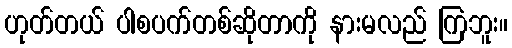
ဟုတ်တယ် ပါစပက်တစ်ဆိုတာကို နားမလည် ကြဘူး။